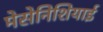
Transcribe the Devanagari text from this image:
मेसेनिशियाई